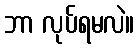
ဘာ လုပ်ရမလဲ။